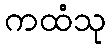
ကထံသု